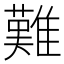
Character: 難